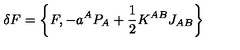
\delta F = \left\{ F , - a ^ { A } P _ { A } + \frac 1 2 K ^ { A B } J _ { A B } \right\}